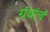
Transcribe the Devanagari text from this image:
ग्रंथांचं